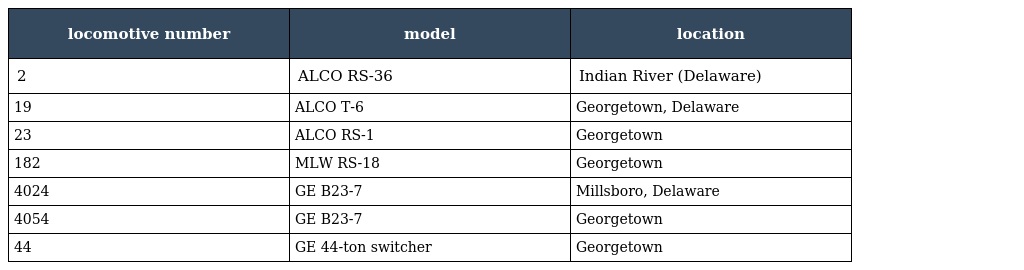
| locomotive number | model | location |
 | --- | --- | --- |
 | 2 | ALCO RS-36 | Indian River (Delaware) |
 | 19 | ALCO T-6 | Georgetown, Delaware |
 | 23 | ALCO RS-1 | Georgetown |
 | 182 | MLW RS-18 | Georgetown |
 | 4024 | GE B23-7 | Millsboro, Delaware |
 | 4054 | GE B23-7 | Georgetown |
 | 44 | GE 44-ton switcher | Georgetown |